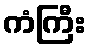
ကံကြီး